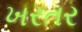
ખરતર